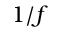
1 / f